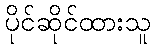
ပိုင်ဆိုင်ထားသူ